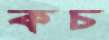
কচ